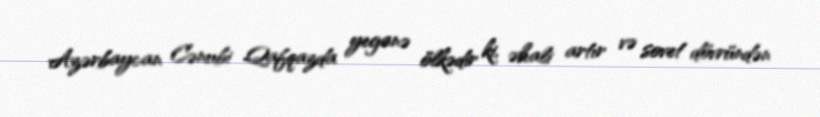
Azərbaycan Cənubi Qafqazda yeganə ölkədir ki, əhali artır və sovet dövründən